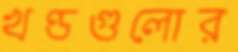
খণ্ডগুলোর